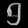
Digit: ၅